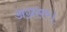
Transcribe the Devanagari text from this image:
अग्रसर।